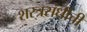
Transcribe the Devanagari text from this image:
शस्त्रसंधीची